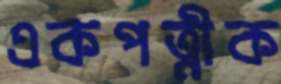
একপত্নীক